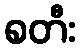
စတီး